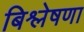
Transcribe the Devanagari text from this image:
बिश्लेषणा